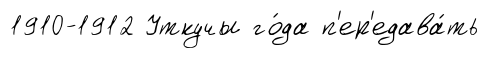
1910-1912 Уткучы го́да п'ер'едава́ть